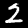
Label: 2